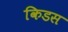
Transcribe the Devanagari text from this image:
किडस